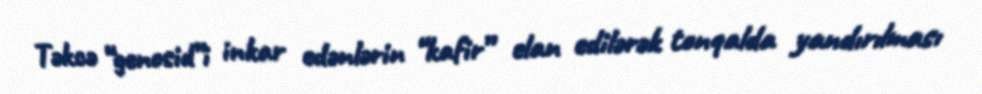
Təkcə “genosid”i inkar edənlərin “kafir” elan edilərək tonqalda yandırılması